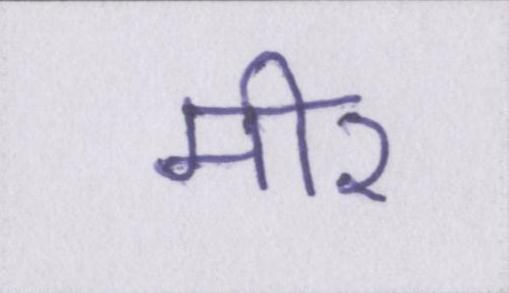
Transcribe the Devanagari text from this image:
मीर